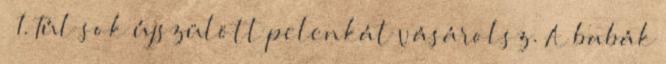
🙂 1. Túl sok újszülött pelenkát vásárolsz. A babák